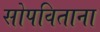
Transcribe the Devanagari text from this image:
सोपविताना